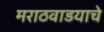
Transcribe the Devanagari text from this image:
मराठवाडयाचे